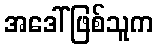
အဒေါ်ဖြစ်သူက